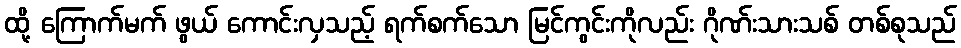
ထို့ ကြောက်မက် ဖွယ် ကောင်းလှသည့် ရက်စက်သော မြင်ကွင်းကိုလည်း ဂိုဏ်းသားသစ် တစ်စုသည်